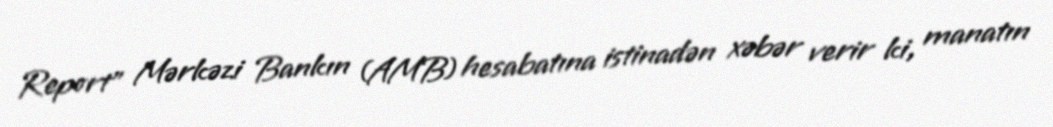
Report" Mərkəzi Bankın (AMB) hesabatına istinadən xəbər verir ki, manatın